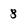
Character: 8